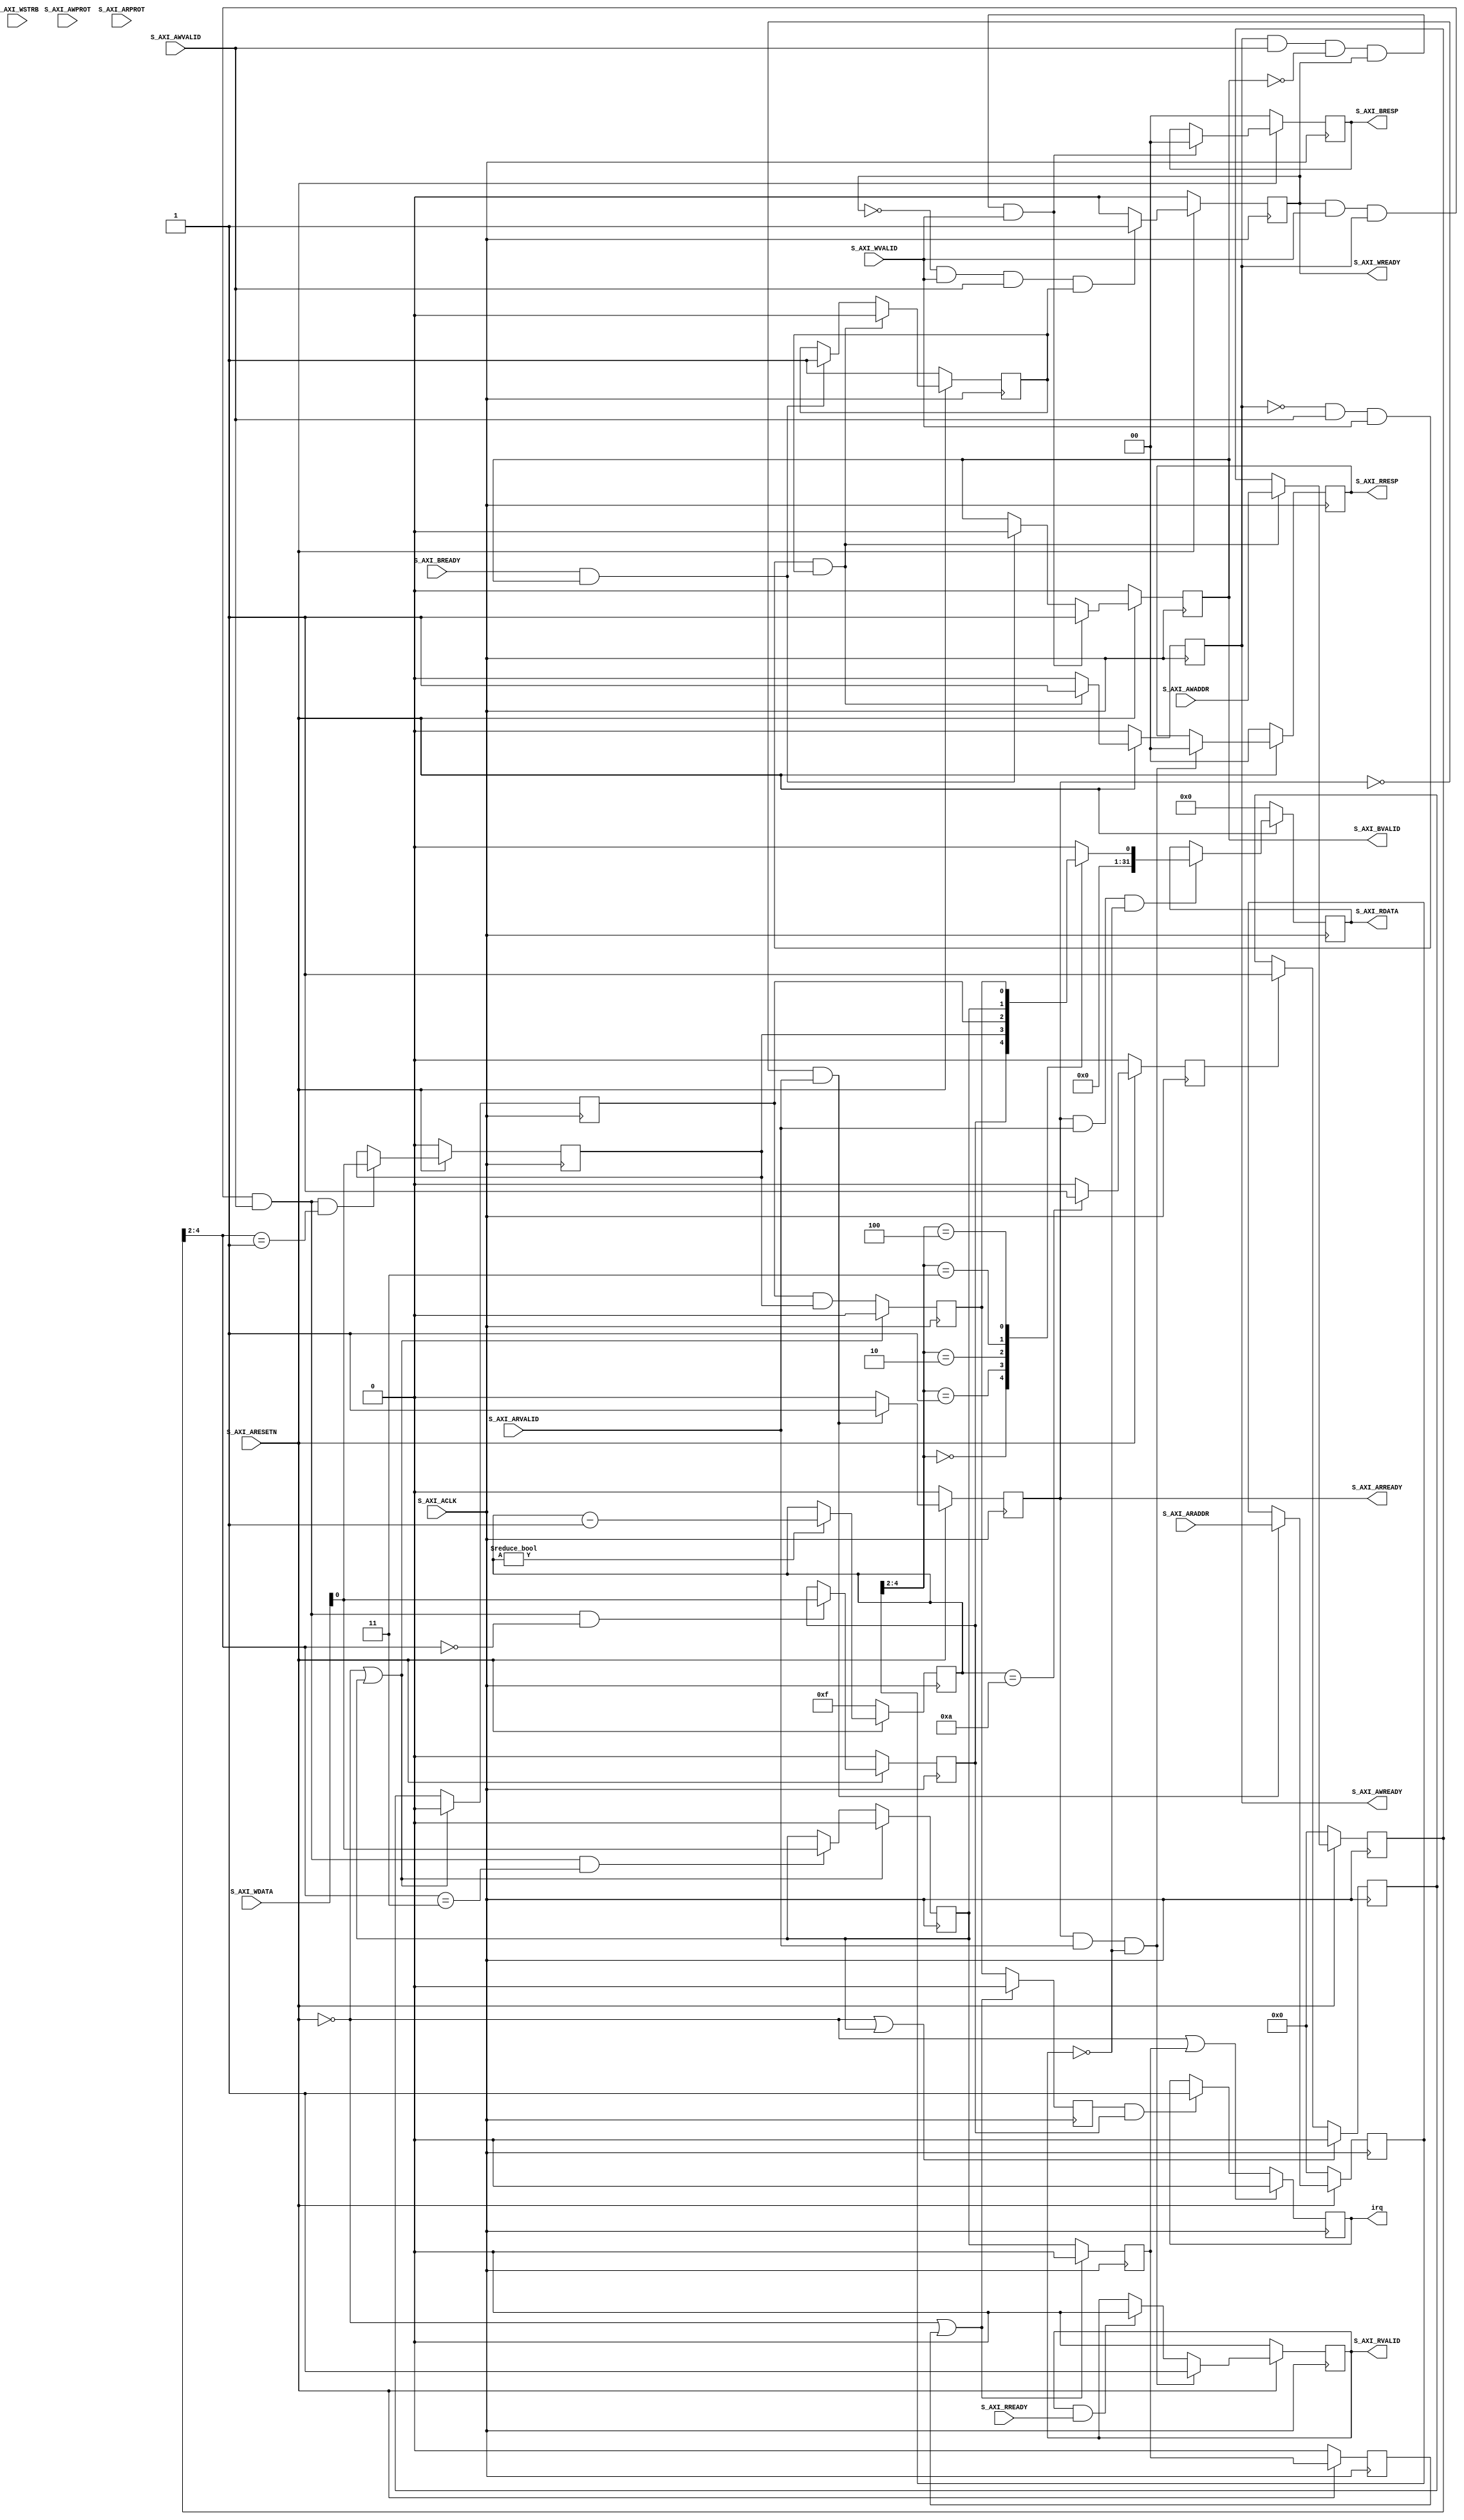
`ifndef _OCRA_GRAD_CTRL_S_AXI_INTR_
 `define _OCRA_GRAD_CTRL_S_AXI_INTR_

 `timescale 1ns / 1ns

module ocra_grad_ctrl_S_AXI_INTR #
  (
   // Users to add parameters here

   // User parameters ends
   // Do not modify the parameters beyond this line

   // Width of S_AXI data bus
   parameter integer C_S_AXI_DATA_WIDTH = 32,
   // Width of S_AXI address bus
   parameter integer C_S_AXI_ADDR_WIDTH = 5,
   // Number of Interrupts
   parameter integer C_NUM_OF_INTR = 1,
		     // Each bit corresponds to Sensitivity of interrupt :  0 - EDGE, 1 - LEVEL
		     parameter C_INTR_SENSITIVITY = 32'hFFFFFFFF,
		     // Each bit corresponds to Sub-type of INTR: [0 - FALLING_EDGE, 1 - RISING_EDGE : if C_INTR_SENSITIVITY is EDGE(0)] and [ 0 - LEVEL_LOW, 1 - LEVEL_LOW : if C_INTR_SENSITIVITY is LEVEL(1) ]
		     parameter C_INTR_ACTIVE_STATE = 32'hFFFFFFFF,
   // Sensitivity of IRQ: 0 - EDGE, 1 - LEVEL
   parameter integer C_IRQ_SENSITIVITY = 1,
   // Sub-type of IRQ: [0 - FALLING_EDGE, 1 - RISING_EDGE : if C_IRQ_SENSITIVITY is EDGE(0)] and [ 0 - LEVEL_LOW, 1 - LEVEL_LOW : if C_IRQ_SENSITIVITY is LEVEL(1) ]
   parameter integer C_IRQ_ACTIVE_STATE = 1
   )
   (
    // Users to add ports here

    // User ports ends
    // Do not modify the ports beyond this line

    // Global Clock Signal
    input wire 				      S_AXI_ACLK,
    // Global Reset Signal. This Signal is Active LOW
    input wire 				      S_AXI_ARESETN,
    // Write address (issued by master, acceped by Slave)
    input wire [C_S_AXI_ADDR_WIDTH-1 : 0]     S_AXI_AWADDR,
    // Write channel Protection type. This signal indicates the
    // privilege and security level of the transaction, and whether
    // the transaction is a data access or an instruction access.
    input wire [2 : 0] 			      S_AXI_AWPROT,
    // Write address valid. This signal indicates that the master signaling
    // valid write address and control information.
    input wire 				      S_AXI_AWVALID,
    // Write address ready. This signal indicates that the slave is ready
    // to accept an address and associated control signals.
    output wire 			      S_AXI_AWREADY,
    // Write data (issued by master, acceped by Slave) 
    input wire [C_S_AXI_DATA_WIDTH-1 : 0]     S_AXI_WDATA,
    // Write strobes. This signal indicates which byte lanes hold
    // valid data. There is one write strobe bit for each eight
    // bits of the write data bus.    
    input wire [(C_S_AXI_DATA_WIDTH/8)-1 : 0] S_AXI_WSTRB,
    // Write valid. This signal indicates that valid write
    // data and strobes are available.
    input wire 				      S_AXI_WVALID,
    // Write ready. This signal indicates that the slave
    // can accept the write data.
    output wire 			      S_AXI_WREADY,
    // Write response. This signal indicates the status
    // of the write transaction.
    output wire [1 : 0] 		      S_AXI_BRESP,
    // Write response valid. This signal indicates that the channel
    // is signaling a valid write response.
    output wire 			      S_AXI_BVALID,
    // Response ready. This signal indicates that the master
    // can accept a write response.
    input wire 				      S_AXI_BREADY,
    // Read address (issued by master, acceped by Slave)
    input wire [C_S_AXI_ADDR_WIDTH-1 : 0]     S_AXI_ARADDR,
    // Protection type. This signal indicates the privilege
    // and security level of the transaction, and whether the
    // transaction is a data access or an instruction access.
    input wire [2 : 0] 			      S_AXI_ARPROT,
    // Read address valid. This signal indicates that the channel
    // is signaling valid read address and control information.
    input wire 				      S_AXI_ARVALID,
    // Read address ready. This signal indicates that the slave is
    // ready to accept an address and associated control signals.
    output wire 			      S_AXI_ARREADY,
    // Read data (issued by slave)
    output wire [C_S_AXI_DATA_WIDTH-1 : 0]    S_AXI_RDATA,
    // Read response. This signal indicates the status of the
    // read transfer.
    output wire [1 : 0] 		      S_AXI_RRESP,
    // Read valid. This signal indicates that the channel is
    // signaling the required read data.
    output wire 			      S_AXI_RVALID,
    // Read ready. This signal indicates that the master can
    // accept the read data and response information.
    input wire 				      S_AXI_RREADY,
    // interrupt out port
    output wire 			      irq
    );

   // AXI4LITE signals
   reg [C_S_AXI_ADDR_WIDTH-1 : 0] 	      axi_awaddr;
   reg 					      axi_awready;
   reg 					      axi_wready;
   reg [1 : 0] 				      axi_bresp;
   reg 					      axi_bvalid;
   reg [C_S_AXI_ADDR_WIDTH-1 : 0] 	      axi_araddr;
   reg 					      axi_arready;
   reg [C_S_AXI_DATA_WIDTH-1 : 0] 	      axi_rdata;
   reg [1 : 0] 				      axi_rresp;
   reg 					      axi_rvalid;
   //------------------------------------------------
   //-- Signals for Interrupt register space 
   //------------------------------------------------
   //-- Number of Slave Registers 5
   reg [0 : 0] 				      reg_global_intr_en;           
   reg [C_NUM_OF_INTR-1 :0] 		      reg_intr_en;           
   reg [C_NUM_OF_INTR-1 :0] 		      reg_intr_sts;          
   reg [C_NUM_OF_INTR-1 :0] 		      reg_intr_ack;          
   reg [C_NUM_OF_INTR-1 :0] 		      reg_intr_pending;      
   reg [C_NUM_OF_INTR-1 :0] 		      intr;                  
   reg [C_NUM_OF_INTR-1 :0] 		      det_intr;              
   wire 				      intr_reg_rden;                             
   wire 				      intr_reg_wren;                             
   reg [C_S_AXI_DATA_WIDTH-1:0] 	      reg_data_out;   
   reg [3:0] 				      intr_counter;                        
   genvar 				      i;                                       
   integer 				      j;                                      
   reg 					      intr_all;                                   
   reg 					      intr_ack_all;                               
   wire 				      s_irq;                                     
   reg 					      intr_all_ff;                                
   reg 					      intr_ack_all_ff;                            
   reg 					      aw_en;	                                     
   // I/O Connections assignments

   assign S_AXI_AWREADY	= axi_awready;
   assign S_AXI_WREADY	= axi_wready;
   assign S_AXI_BRESP	= axi_bresp;
   assign S_AXI_BVALID	= axi_bvalid;
   assign S_AXI_ARREADY	= axi_arready;
   assign S_AXI_RDATA	= axi_rdata;
   assign S_AXI_RRESP	= axi_rresp;
   assign S_AXI_RVALID	= axi_rvalid;
   // Implement axi_awready generation
   // axi_awready is asserted for one S_AXI_ACLK clock cycle when both
   // S_AXI_AWVALID and S_AXI_WVALID are asserted. axi_awready is
   // de-asserted when reset is low.

   always @( posedge S_AXI_ACLK )
     begin
	if ( S_AXI_ARESETN == 1'b0 )
	  begin
	     axi_awready <= 1'b0;
	     aw_en <= 1'b1;
	  end 
	else
	  begin    
	     if (~axi_awready && S_AXI_AWVALID && S_AXI_WVALID && aw_en)
	       begin
	          // slave is ready to accept write address when 
	          // there is a valid write address and write data
	          // on the write address and data bus. This design 
	          // expects no outstanding transactions. 
	          axi_awready <= 1'b1;
	          aw_en <= 1'b0;
	       end
	     else if (S_AXI_BREADY && axi_bvalid)
	       begin
	          aw_en <= 1'b1;
	          axi_awready <= 1'b0;
	       end
	     else           
	       begin
	          axi_awready <= 1'b0;
	       end
	  end 
     end       

   // Implement axi_awaddr latching
   // This process is used to latch the address when both 
   // S_AXI_AWVALID and S_AXI_WVALID are valid. 

   always @( posedge S_AXI_ACLK )
     begin
	if ( S_AXI_ARESETN == 1'b0 )
	  begin
	     axi_awaddr <= 0;
	  end 
	else
	  begin    
	     if (~axi_awready && S_AXI_AWVALID && S_AXI_WVALID && aw_en)
	       begin
	          // Write Address latching 
	          axi_awaddr <= S_AXI_AWADDR;
	       end
	  end 
     end       

   // Implement axi_wready generation
   // axi_wready is asserted for one S_AXI_ACLK clock cycle when both
   // S_AXI_AWVALID and S_AXI_WVALID are asserted. axi_wready is 
   // de-asserted when reset is low. 

   always @( posedge S_AXI_ACLK )
     begin
	if ( S_AXI_ARESETN == 1'b0 )
	  begin
	     axi_wready <= 1'b0;
	  end 
	else
	  begin    
	     if (~axi_wready && S_AXI_WVALID && S_AXI_AWVALID && aw_en)
	       begin
	          // slave is ready to accept write data when 
	          // there is a valid write address and write data
	          // on the write address and data bus. This design 
	          // expects no outstanding transactions. 
	          axi_wready <= 1'b1;
	       end
	     else
	       begin
	          axi_wready <= 1'b0;
	       end
	  end 
     end       

   // Implement memory mapped register select and write logic generation
   // The write data is accepted and written to memory mapped registers when
   // axi_awready, S_AXI_WVALID, axi_wready and S_AXI_WVALID are asserted. Write strobes are used to
   // select byte enables of slave registers while writing.
   // These registers are cleared when reset (active low) is applied.
   // Slave register write enable is asserted when valid address and data are available
   // and the slave is ready to accept the write address and write data.
   assign intr_reg_wren = axi_wready && S_AXI_WVALID && axi_awready && S_AXI_AWVALID;
   
   generate                                                             
      for(i=0; i<= C_NUM_OF_INTR-1; i=i+1)                               
	begin : gen_intr_reg                                             
	   
	   // Global interrupt enable register                            
	   always @( posedge S_AXI_ACLK )                                   
	     begin                                                            
		if ( S_AXI_ARESETN == 1'b0)                                    
	          begin                                                        
	             reg_global_intr_en[0] <= 1'b0;                           
	          end                                                          
		else if (intr_reg_wren && axi_awaddr[4:2] == 3'h0)             
	          begin                                                      
	             reg_global_intr_en[0] <= S_AXI_WDATA[0];                 
	          end                                                        
	     end                                                              
	   
	   // Interrupt enable register                                   
	   always @( posedge S_AXI_ACLK )                                   
	     begin                                                            
		if ( S_AXI_ARESETN == 1'b0)                                    
	          begin                                                        
	             reg_intr_en[i] <= 1'b0;                                  
	          end                                                          
		else if (intr_reg_wren && axi_awaddr[4:2] == 3'h1)             
	          begin                                                      
	             reg_intr_en[i] <= S_AXI_WDATA[i];                        
	          end                                                        
	     end                                                              
	   
	   // Interrupt status register                                      
	   always @( posedge S_AXI_ACLK )                                   
	     begin                                                            
		if ( S_AXI_ARESETN == 1'b0 || reg_intr_ack[i] == 1'b1)         
	          begin                                                        
	             reg_intr_sts[i] <= 1'b0;                                 
	          end                                                          
		else                                                           
		  begin                                                         
	             reg_intr_sts[i] <= det_intr[i];                             
		  end                                                           
	     end                                                              
	   
	   // Interrupt acknowledgement register                            
	   always @( posedge S_AXI_ACLK )                                   
	     begin                                                            
		if ( S_AXI_ARESETN == 1'b0 || reg_intr_ack[i] == 1'b1)         
	          begin                                                        
	             reg_intr_ack[i] <= 1'b0;                                   
	          end                                                          
		else if (intr_reg_wren && axi_awaddr[4:2] == 3'h3)             
	          begin                                                        
	             reg_intr_ack[i] <= S_AXI_WDATA[i];                         
	          end                                                          
	     end                                                              
	   
	   // Interrupt pending register                                    
	   always @( posedge S_AXI_ACLK )                                   
	     begin                                                            
		if ( S_AXI_ARESETN == 1'b0 || reg_intr_ack[i] == 1'b1)         
	          begin                                                        
	             reg_intr_pending[i] <= 1'b0;                               
	          end                                                          
		else                                                           
	          begin                                                        
	             reg_intr_pending[i] <= reg_intr_sts[i] & reg_intr_en[i];   
	          end                                                          
	     end                                                              
	   
	end                                                                
   endgenerate                                                          
   // Implement write response logic generation
   // The write response and response valid signals are asserted by the slave 
   // when axi_wready, S_AXI_WVALID, axi_wready and S_AXI_WVALID are asserted.  
   // This marks the acceptance of address and indicates the status of 
   // write transaction.

   always @( posedge S_AXI_ACLK )
     begin
	if ( S_AXI_ARESETN == 1'b0 )
	  begin
	     axi_bvalid  <= 0;
	     axi_bresp   <= 2'b0;
	  end 
	else
	  begin    
	     if (axi_awready && S_AXI_AWVALID && ~axi_bvalid && axi_wready && S_AXI_WVALID)
	       begin
	          // indicates a valid write response is available
	          axi_bvalid <= 1'b1;
	          axi_bresp  <= 2'b0; // 'OKAY' response 
	       end                   // work error responses in future
	     else
	       begin
	          if (S_AXI_BREADY && axi_bvalid) 
	            //check if bready is asserted while bvalid is high) 
	            //(there is a possibility that bready is always asserted high)   
	            begin
	               axi_bvalid <= 1'b0; 
	            end  
	       end
	  end
     end   

   // Implement axi_arready generation
   // axi_arready is asserted for one S_AXI_ACLK clock cycle when
   // S_AXI_ARVALID is asserted. axi_awready is 
   // de-asserted when reset (active low) is asserted. 
   // The read address is also latched when S_AXI_ARVALID is 
   // asserted. axi_araddr is reset to zero on reset assertion.

   always @( posedge S_AXI_ACLK )
     begin
	if ( S_AXI_ARESETN == 1'b0 )
	  begin
	     axi_arready <= 1'b0;
	     axi_araddr  <= 32'b0;
	  end 
	else
	  begin    
	     if (~axi_arready && S_AXI_ARVALID)
	       begin
	          // indicates that the slave has acceped the valid read address
	          axi_arready <= 1'b1;
	          // Read address latching
	          axi_araddr  <= S_AXI_ARADDR;
	       end
	     else
	       begin
	          axi_arready <= 1'b0;
	       end
	  end 
     end       

   // Implement axi_arvalid generation
   // axi_rvalid is asserted for one S_AXI_ACLK clock cycle when both 
   // S_AXI_ARVALID and axi_arready are asserted. The slave registers 
   // data are available on the axi_rdata bus at this instance. The 
   // assertion of axi_rvalid marks the validity of read data on the 
   // bus and axi_rresp indicates the status of read transaction.axi_rvalid 
   // is deasserted on reset (active low). axi_rresp and axi_rdata are 
   // cleared to zero on reset (active low).  
   always @( posedge S_AXI_ACLK )
     begin
	if ( S_AXI_ARESETN == 1'b0 )
	  begin
	     axi_rvalid <= 0;
	     axi_rresp  <= 0;
	  end 
	else
	  begin    
	     if (axi_arready && S_AXI_ARVALID && ~axi_rvalid)
	       begin
	          // Valid read data is available at the read data bus
	          axi_rvalid <= 1'b1;
	          axi_rresp  <= 2'b0; // 'OKAY' response
	       end   
	     else if (axi_rvalid && S_AXI_RREADY)
	       begin
	          // Read data is accepted by the master
	          axi_rvalid <= 1'b0;
	       end                
	  end
     end    

   // Implement memory mapped register select and read logic generation
   // Slave register read enable is asserted when valid address is available
   // and the slave is ready to accept the read address.
   assign intr_reg_rden = axi_arready & S_AXI_ARVALID & ~axi_rvalid;
   always @(*)
     begin
	if ( S_AXI_ARESETN == 1'b0 )
	  begin
	     reg_data_out <= 0;
	  end 
	else
	  begin    
	     // Address decoding for reading registers
	     case ( axi_araddr[4:2] )
	       3'h0   : reg_data_out <= reg_global_intr_en;
	       3'h1   : reg_data_out <= reg_intr_en;
	       3'h2   : reg_data_out <= reg_intr_sts;
	       3'h3   : reg_data_out <= reg_intr_ack;
	       3'h4   : reg_data_out <= reg_intr_pending;
	       default : reg_data_out <= 0;
	     endcase
	  end   
     end

   // Output register or memory read data
   always @( posedge S_AXI_ACLK )
     begin
	if ( S_AXI_ARESETN == 1'b0 )
	  begin
	     axi_rdata  <= 0;
	  end 
	else
	  begin    
	     // When there is a valid read address (S_AXI_ARVALID) with 
	     // acceptance of read address by the slave (axi_arready), 
	     // output the read dada 
	     if (intr_reg_rden)
	       begin
	          axi_rdata <= reg_data_out;     // register read data
	       end   
	  end
     end    

   //----------------------------------------------------
   //Example code to generate user logic interrupts
   //Note: The example code presented here is to show you one way of generating
   //      interrupts from the user logic. This code snippet generates a level
   //      triggered interrupt when the intr_counter_reg counts down to zero.
   //----------------------------------------------------

   // Count down counter implementation                               
   always @ ( posedge S_AXI_ACLK )                                          
     begin                                                                    
	if ( S_AXI_ARESETN == 1'b0 )                                           
	  begin                                                                
	     intr_counter[3:0] <= 4'hF;                                         
	  end                                                                  
	else if (intr_counter [3:0] != 4'h0 )                                  
	  begin                                                                
	     intr_counter[3:0] <= intr_counter[3:0] - 1;                        
	  end                                                                  
     end                                                                      
   
   always @ ( posedge S_AXI_ACLK )                                          
     begin                                                                    
	if ( S_AXI_ARESETN == 1'b0)                                          
	  begin                                                              
	     intr <= {C_NUM_OF_INTR{1'b0}};                                   
	  end                                                                
	else                                                                 
	  begin                                                              
	     if (intr_counter[3:0] == 10)                                     
	       begin                                                          
	          intr <= {C_NUM_OF_INTR{1'b1}};                               
	       end                                                            
	     else                                                             
	       begin                                                          
	          intr <= {C_NUM_OF_INTR{1'b0}};                               
	       end                                                            
	  end                                                                
     end                                                                      
   
   // detects interrupt in any intr input                             
   always @ ( posedge S_AXI_ACLK)                                      
     begin                                                             
	if ( S_AXI_ARESETN == 1'b0 || intr_ack_all_ff == 1'b1)           
	  begin                                                        
	     intr_all <= 1'b0;                                          
	  end                                                          
	else                                                           
	  begin                                                        
	     intr_all <= |reg_intr_pending;                             
	  end                                                          
     end                                                              
   
   // detects intr ack in any reg_intr_ack reg bits                     
   always @ ( posedge S_AXI_ACLK)                                       
     begin                                                              
	if ( S_AXI_ARESETN == 1'b0 || intr_ack_all_ff==1'b1)             
	  begin                                                        
	     intr_ack_all <= 1'b0;                                      
	  end                                                          
	else                                                           
	  begin                                                        
	     intr_ack_all <= |reg_intr_ack;                              
	  end                                                          
     end                                                                
   
   
   // detects interrupt in any intr input                                  
   always @ ( posedge S_AXI_ACLK )                                          
     begin                                                                    
	if ( S_AXI_ARESETN == 1'b0)                                          
	  begin                                                              
	     intr_ack_all_ff <= 1'b0;                                         
	     intr_all_ff <= 1'b0;                                             
	  end                                                                
	else                                                                 
	  begin                                                              
	     intr_ack_all_ff <= intr_ack_all;                                 
	     intr_all_ff <= intr_all;                                         
	  end                                                                
     end                                                                    
   
   //---------------------------------------------------------------------  
   // Hardware interrupt detection                                          
   //---------------------------------------------------------------------  
   
   // detect interrupts for user selected number of interrupts              
   
   generate                                                                 
      for(i=0; i<= C_NUM_OF_INTR-1; i=i+1)                                   
	begin : gen_intr_detection                                           
	   
	   if (C_INTR_SENSITIVITY[i] == 1'b1)                                 
	     begin: gen_intr_level_detect                                     
	        
	        if (C_INTR_ACTIVE_STATE[i] == 1'b1)                          
	          begin: gen_intr_active_high_detect                         
	             
	             always @ ( posedge S_AXI_ACLK )                          
	               begin                                                    
	                  if ( S_AXI_ARESETN == 1'b0 | reg_intr_ack[i] == 1'b1)  
	                    begin                                                
	                       det_intr[i] <= 1'b0;                               
	                    end                                                  
	                  else                                                   
	                    begin                                                
	                       if (intr[i] == 1'b1)                               
	                         begin                                            
	                            det_intr[i] <= 1'b1;                           
	                         end                                              
	                    end                                                  
	               end                                                      
	             
	          end                                                        
	        else                                                         
	          begin: gen_intr_active_low_detect                          
	             
	             always @ ( posedge S_AXI_ACLK )                          
	               begin                                                    
	                  if ( S_AXI_ARESETN == 1'b0 | reg_intr_ack[i] == 1'b1)  
	                    begin                                                
	                       det_intr[i] <= 1'b0;                               
	                    end                                                  
	                  else                                                   
	                    begin                                                
	                       if (intr[i] == 1'b0)                               
	                         begin                                            
	                            det_intr[i] <= 1'b1;                           
	                         end                                              
	                    end                                                  
	               end                                                      
	             
	          end                                                        
	        
	        
	     end                                                              
	   else                                                               
	     begin:gen_intr_edge_detect                                       
	        
	        wire [C_NUM_OF_INTR-1 :0] intr_edge;                           
	        reg [C_NUM_OF_INTR-1 :0]  intr_ff;                              
	        reg [C_NUM_OF_INTR-1 :0]  intr_ff2;                             
	        
	        if (C_INTR_ACTIVE_STATE[i] == 1)                             
	          begin: gen_intr_rising_edge_detect                         
	             
	             
	             always @ ( posedge S_AXI_ACLK )                          
	               begin                                                    
	                  if ( S_AXI_ARESETN == 1'b0 || reg_intr_ack[i] == 1'b1) 
	                    begin                                                
	                       intr_ff[i] <= 1'b0;                                
	                       intr_ff2[i] <= 1'b0;                               
	                    end                                                  
	                  else                                                   
	                    begin                                                
	                       intr_ff[i] <= intr[i];                             
	                       intr_ff2[i] <= intr_ff[i];                         
	                    end                                                  
	               end                                                      
	             
	             assign intr_edge[i] = intr_ff[i] && (!intr_ff2);         
	             
	             always @ ( posedge S_AXI_ACLK )                          
	               begin                                                    
	                  if ( S_AXI_ARESETN == 1'b0 | reg_intr_ack[i] == 1'b1)  
	                    begin                                                
	                       det_intr[i] <= 1'b0;                               
	                    end                                                  
	                  else if (intr_edge[i] == 1'b1)                         
	                    begin                                                
	                       det_intr[i] <= 1'b1;                               
	                    end                                                  
	               end                                                      
	             
	          end                                                        
	        else                                                         
	          begin: gen_intr_falling_edge_detect                        
	             
	             always @ ( posedge S_AXI_ACLK )                          
	               begin                                                    
	                  if ( S_AXI_ARESETN == 1'b0 | reg_intr_ack[i] == 1'b1)  
	                    begin                                                
	                       intr_ff[i] <= 1'b1;                                
	                       intr_ff2[i] <= 1'b1;                               
	                    end                                                  
	                  else                                                   
	                    begin                                                
	                       intr_ff[i] <= intr[i];                             
	                       intr_ff2[i] <= intr_ff[i];                         
	                    end                                                  
	               end                                                      
	             
	             assign intr_edge[i] = intr_ff2[i] && (!intr_ff);         
	             
	             always @ ( posedge S_AXI_ACLK )                          
	               begin                                                    
	                  if ( S_AXI_ARESETN == 1'b0 | reg_intr_ack[i] == 1'b1)  
	                    begin                                                
	                       det_intr[i] <= 1'b0;                               
	                    end                                                  
	                  else if (intr_edge[i] == 1'b1)                         
	                    begin                                                
	                       det_intr[i] <= 1'b1;                               
	                    end                                                  
	               end                                                      
	             
	             
	          end                                                        
	        
	     end                                                                  
	   
	   // IRQ generation logic                                               
	   
	   reg s_irq_lvl;	                                                      
	   
	   if (C_IRQ_SENSITIVITY == 1)                                           
	     begin: gen_irq_level                                                  
		
		if (C_IRQ_ACTIVE_STATE == 1)                                      
		  begin: irq_level_high	                                          
		     
		     always @ ( posedge S_AXI_ACLK )                               
		       begin                                                         
			  if ( S_AXI_ARESETN == 1'b0 || intr_ack_all == 1'b1)       
			    begin                                                     
			       s_irq_lvl <= 1'b0;                                    
			    end                                                       
			  else if (intr_all == 1'b1 && reg_global_intr_en[0] ==1'b1)
			    begin                                                     
			       s_irq_lvl <= 1'b1;                                    
			    end                                                       
		       end	                                                          
		     assign s_irq = s_irq_lvl;	                                  
		  end                                                               
		else                                                              
		  begin:irq_level_low                                               
		     
		     always @ ( posedge S_AXI_ACLK )                               
		       begin                                                         
			  if ( S_AXI_ARESETN == 1'b0 || intr_ack_all == 1'b1)       
			    begin                                                     
			       s_irq_lvl <= 1'b1;                                    
			    end                                                       
			  else if (intr_all == 1'b1 && reg_global_intr_en[0] ==1'b1)
			    begin                                                     
			       s_irq_lvl <= 1'b0;                                    
			    end                                                       
		       end	                                                          
		     assign s_irq = s_irq_lvl;	                                  
		  end                                                               
		
	     end                                                                   
	   
	   else                                                                  
	      
	     begin: gen_irq_edge                                                   
		
		reg s_irq_lvl_ff;                                                 
		
		if (C_IRQ_ACTIVE_STATE == 1)                                      
		  begin: irq_rising_edge                                        
		     
		     always @ ( posedge S_AXI_ACLK )                               
		       begin                                                     
			  if ( S_AXI_ARESETN == 1'b0 || intr_ack_all == 1'b1)       
			    begin                                                 
			       s_irq_lvl <= 1'b0;                                    
			       s_irq_lvl_ff <= 1'b0;                                 
			    end                                                   
			  else if (intr_all == 1'b1 && reg_global_intr_en[0] ==1'b1)
			    begin                                                 
			       s_irq_lvl <= 1'b1;                                    
			       s_irq_lvl_ff <= s_irq_lvl;                            
			    end                                                   
		       end                                                       
		     
		     assign s_irq =  s_irq_lvl && (!s_irq_lvl_ff);                 
		     
		  end                                                           
		else                                                              
		  begin:irq_falling_edge                                        
		     
		     always @ ( posedge S_AXI_ACLK )                               
		       begin                                                     
			  if ( S_AXI_ARESETN == 1'b0 || intr_ack_all == 1'b1 )      
			    begin                                                 
			       s_irq_lvl <= 1'b1;                                    
			       s_irq_lvl_ff <= 1'b1;                                 
			    end                                                   
			  else if (intr_all == 1'b1 && reg_global_intr_en[0] ==1'b1)
			    begin                                                 
			       s_irq_lvl <= 1'b0;                                    
			       s_irq_lvl_ff <= s_irq_lvl;                            
			    end                                                   
		       end                                                           
		     
		     assign s_irq =  !(s_irq_lvl_ff && (!s_irq_lvl));              
		     
		  end                                                               
	     end                                                                   
	   
	   assign irq = s_irq;                                                   
	   
	end                                                                      
   endgenerate                                                              
   // Add user logic here

   // User logic ends

endmodule
`endif //  `ifndef _OCRA_GRAD_CTRL_S_AXI_INTR_